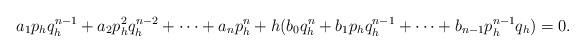
LaTeX: \begin{align*} a_{1}p_{h}q_{h}^{n-1}+a_{2}p_{h}^{2}q_{h}^{n-2}+\cdots+a_{n}p_{h}^{n}+h(b_{0}q_{h}^{n}+b_{1}p_{h}q_{h}^{n-1}+\cdots+b_{n-1}p_{h}^{n-1}q_{h})=0.\end{align*}